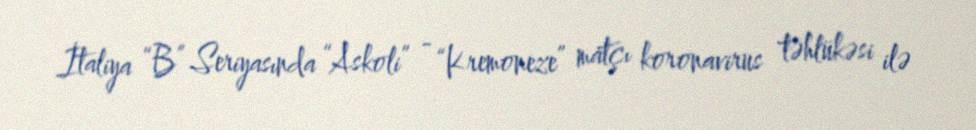
İtaliya “B” Seriyasında “Askoli” - “Kremoneze” matçı koronavirus təhlükəsi ilə